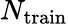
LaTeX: N_{\textrm{train}}